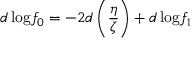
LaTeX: d \, \mathrm { l o g } f _ { 0 } = - 2 d \left( \frac { \eta } { \zeta } \right) + d \, \mathrm { l o g } f _ { 1 }